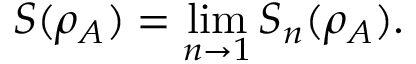
S ( \rho _ { A } ) = \operatorname* { l i m } _ { n \to 1 } S _ { n } ( \rho _ { A } ) .